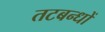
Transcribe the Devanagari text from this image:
तटबन्धों